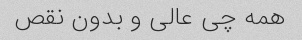
همه چی عالی و بدون نقص